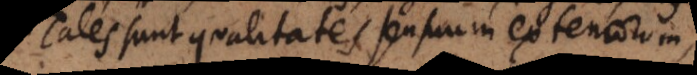
Tales sunt qualitates sensuum extensorum,